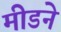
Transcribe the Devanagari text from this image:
मीडने